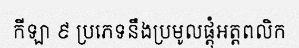
កីឡា ៩ ប្រភេទនឹងប្រមូលផ្តុំអត្តពលិក